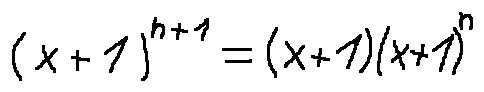
( x + 1 ) ^ { n + 1 } = ( x + 1 ) ( x + 1 ) ^ { n }